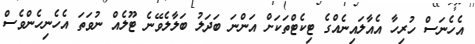
އެހެނަސް ހުރިހާ އެއާލައިނެއްގެ ޓިކެޓްތަކަށް އަންނަ ބަދަލު ބަލާލެވޭނެ ޓޫލެއް ނުވަތަ އެހެނިހެންވެސް